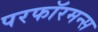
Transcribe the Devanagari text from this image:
परफॉरमन्स